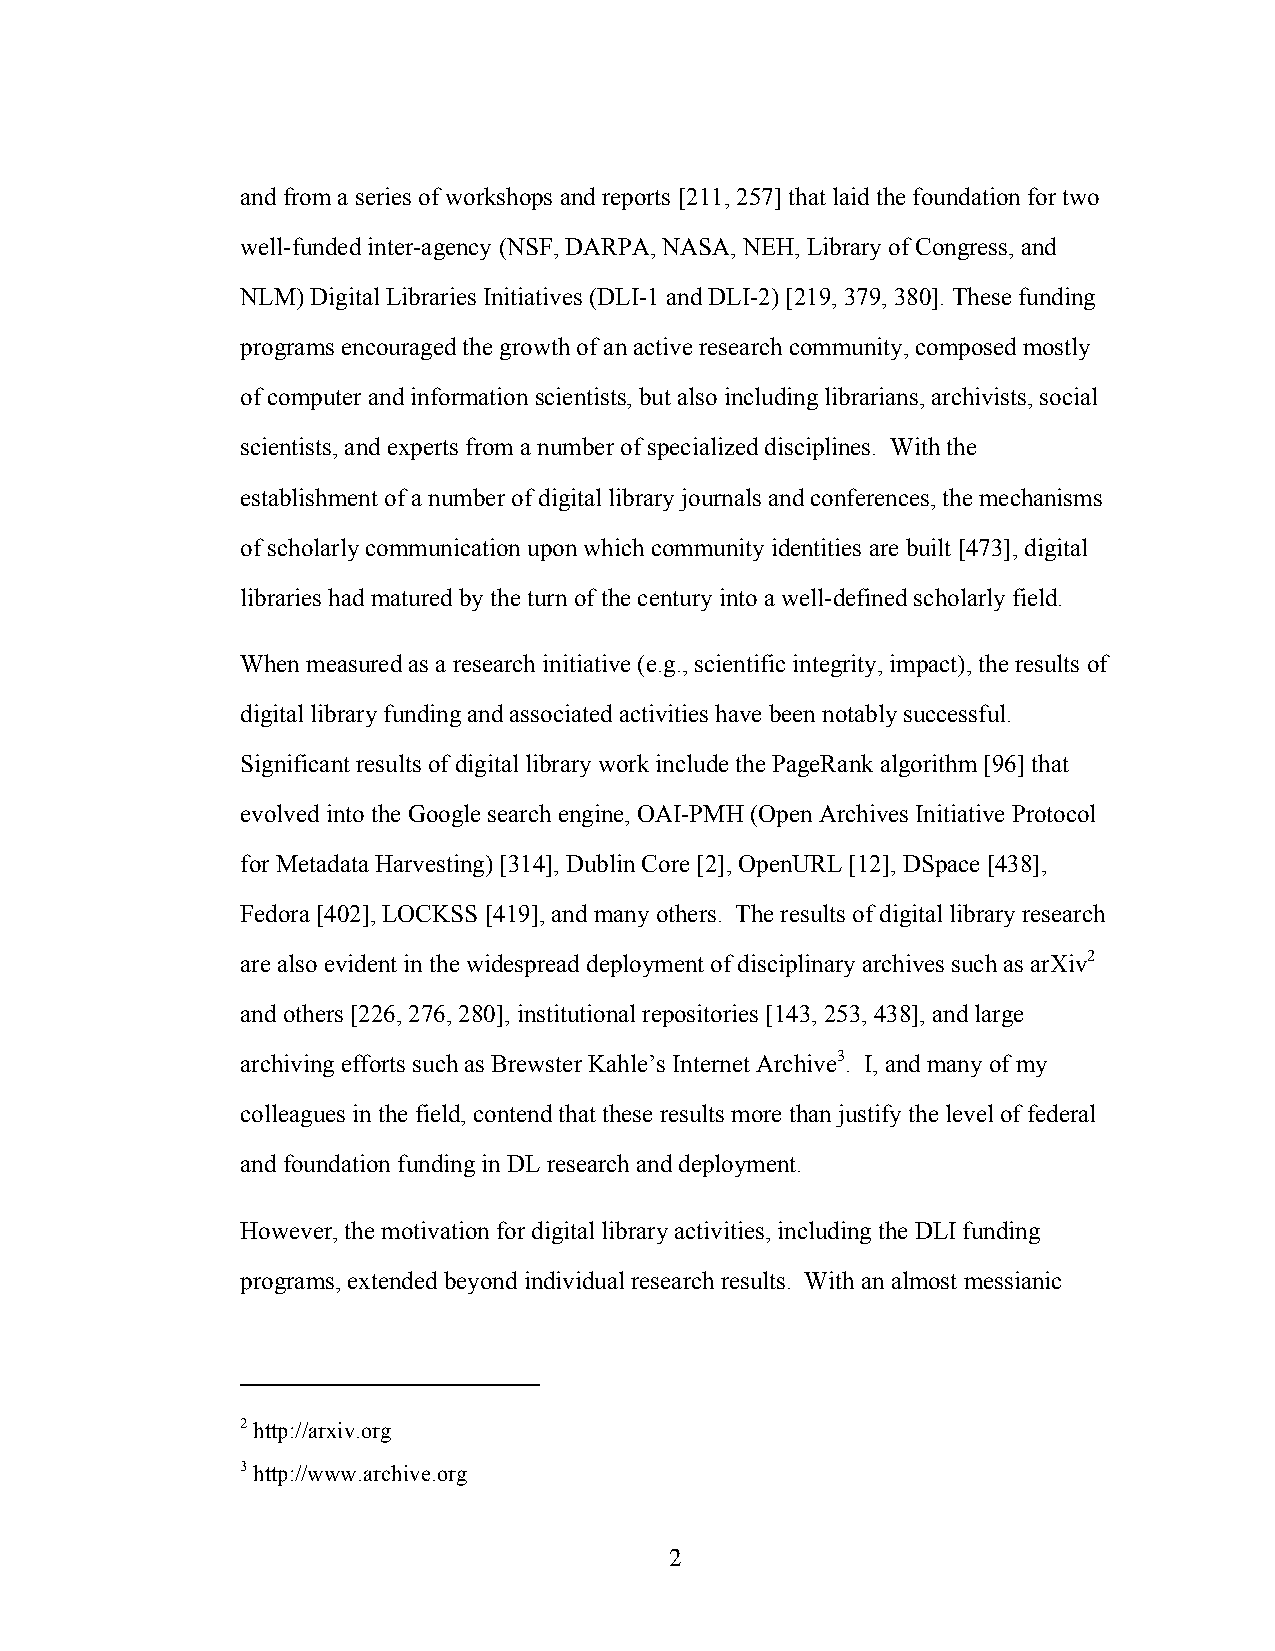
and from a series of workshops and reports [211, 257] that laid the foundation for two
 well-funded inter-agency (NSF, DARPA, NASA, NEH, Library of Congress, and
 NLM) Digital Libraries Initiatives (DLI-1 and DLI-2) [219, 379, 380]. These funding
 programs encouraged the growth of an active research community, composed mostly
 of computer and information scientists, but also including librarians, archivists, social
 scientists, and experts from a number of specialized disciplines. With the
 establishment of a number of digital library journals and conferences, the mechanisms
 of scholarly communication upon which community identities are built [473], digital
 libraries had matured by the turn of the century into a well-defined scholarly field.
 When measured as a research initiative (e.g., scientific integrity, impact), the results of
 digital library funding and associated activities have been notably successful.
 Significant results of digital library work include the PageRank algorithm [96] that
 evolved into the Google search engine, OAI-PMH (Open Archives Initiative Protocol
 for Metadata Harvesting) [314], Dublin Core [2], OpenURL [12], DSpace [438],
 Fedora [402], LOCKSS [419], and many others. The results of digital library research
 are also evident in the widespread deployment of disciplinary archives such as arXiv2
 and others [226, 276, 280], institutional repositories [143, 253, 438], and large
 archiving efforts such as Brewster Kahle’s Internet Archive3. I, and many of my
 colleagues in the field, contend that these results more than justify the level of federal
 and foundation funding in DL research and deployment.
 However, the motivation for digital library activities, including the DLI funding
 programs, extended beyond individual research results. With an almost messianic
 2 http://arxiv.org
 3 http://www.archive.org
 2